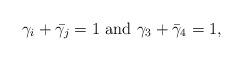
LaTeX: \begin{align*}\gamma_i + \bar{\gamma_j} = 1 \,\, {\rm and }\,\, \gamma_3 + \bar{\gamma}_4=1,\end{align*}